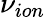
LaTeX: \nu_{ion}